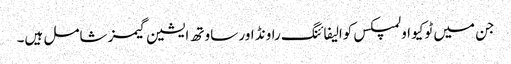
جن میں ٹوکیو اولمپکس کوالیفائنگ راونڈ اور ساوتھ ایشین گیمز شامل ہیں۔